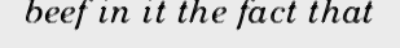
beef in it the fact that